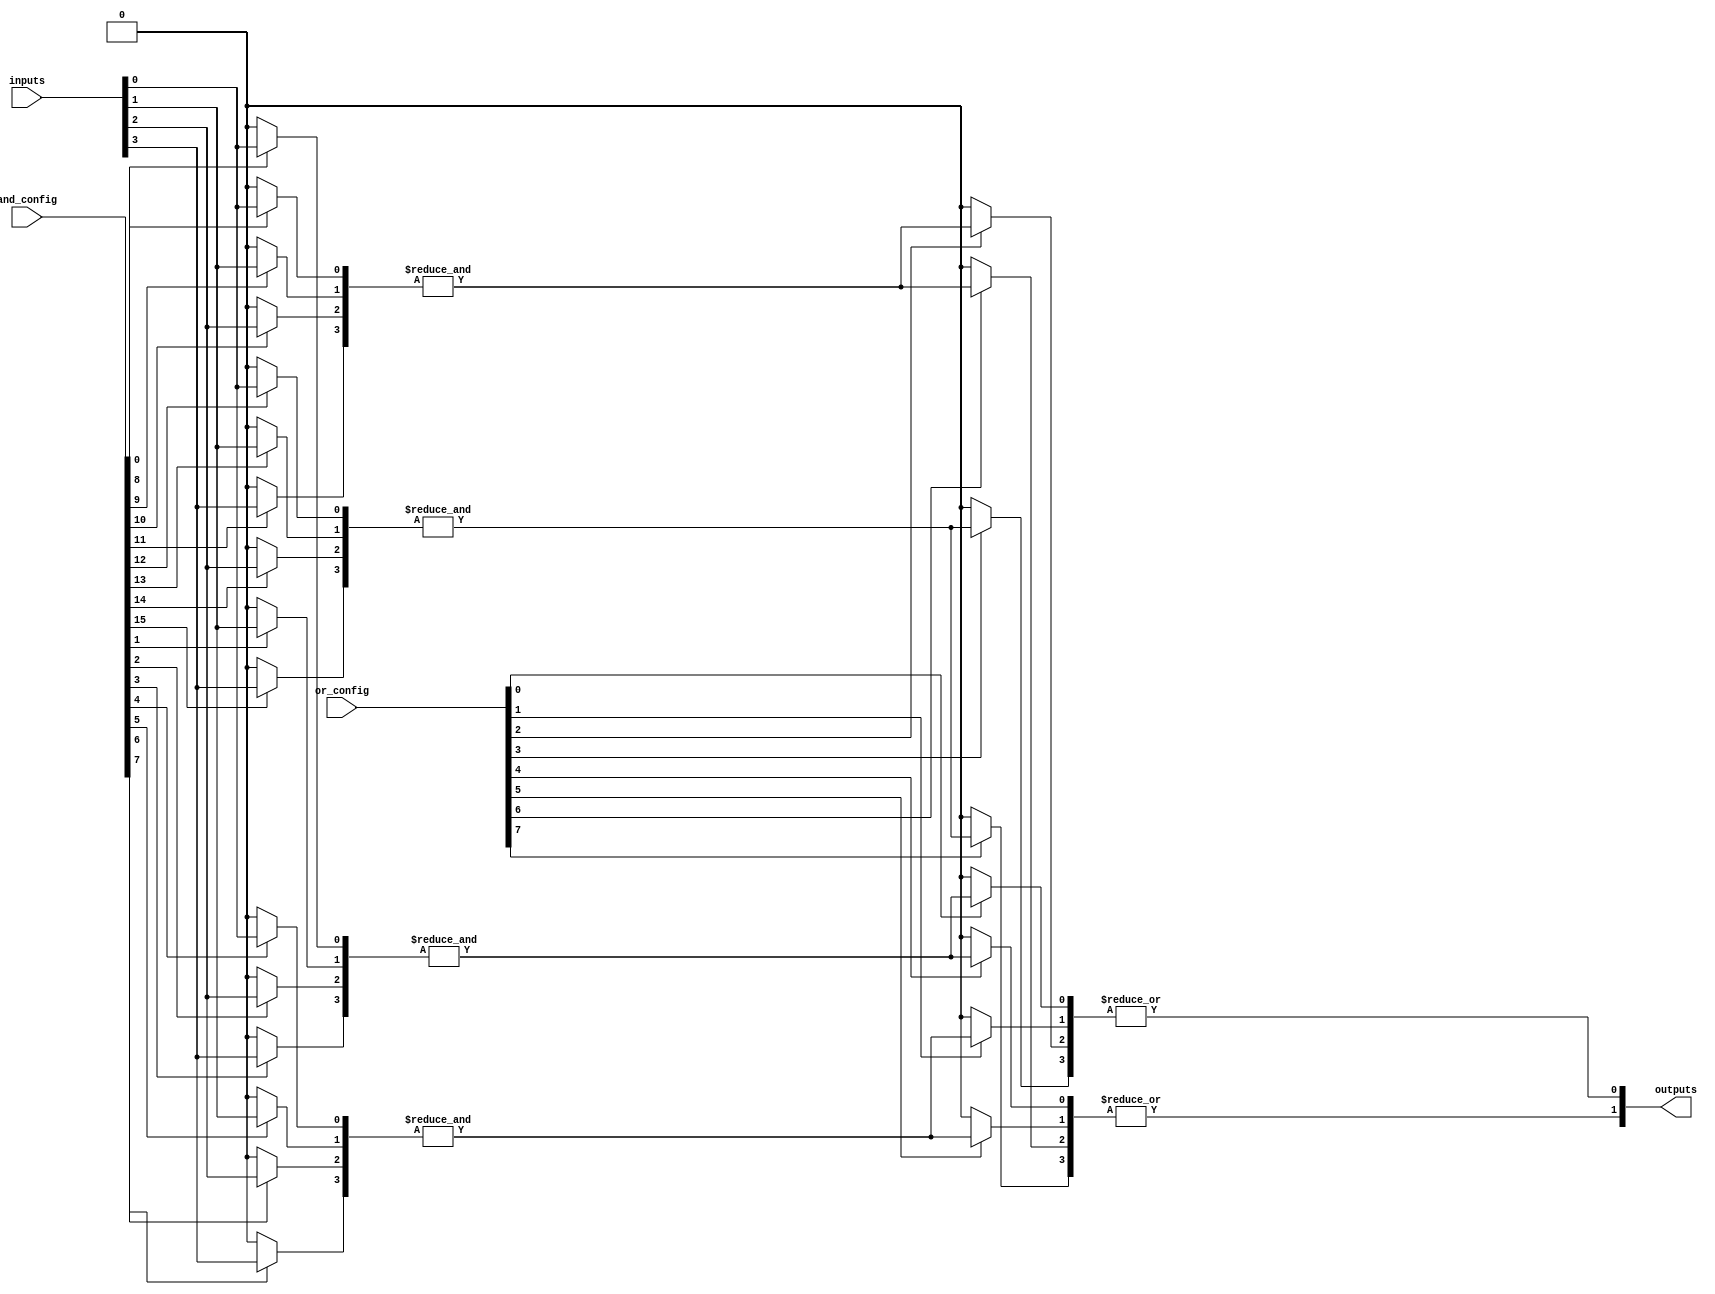
module programmable_PLA #(
    parameter NUM_INPUTS = 4,   // Number of inputs
    parameter NUM_AND_GATES = 4, // Number of AND gates
    parameter NUM_OR_GATES = 2    // Number of OR gates
)(
    input wire [NUM_INPUTS - 1:0] inputs,                     // Input lines
    input wire [NUM_AND_GATES * NUM_INPUTS - 1:0] and_config, // AND array configuration
    input wire [NUM_OR_GATES * NUM_AND_GATES - 1:0] or_config, // OR array configuration
    output wire [NUM_OR_GATES - 1:0] outputs                   // Output lines
);

// Intermediate signals for product terms from the AND array
wire [NUM_AND_GATES - 1:0] product_terms;

// AND array implementation
genvar i, j;
generate
    for (i = 0; i < NUM_AND_GATES; i = i + 1) begin : and_gate
        wire [NUM_INPUTS - 1:0] and_inputs;
        // Connect inputs according to and_config
        for (j = 0; j < NUM_INPUTS; j = j + 1) begin
            assign and_inputs[j] = and_config[i * NUM_INPUTS + j] ? inputs[j] : 1'b0;
        end
        assign product_terms[i] = &and_inputs; // AND operation
    end
endgenerate

// OR array implementation
genvar k;
generate
    for (k = 0; k < NUM_OR_GATES; k = k + 1) begin : or_gate
        wire [NUM_AND_GATES - 1:0] or_inputs;
        // Connect product terms according to or_config
        for (j = 0; j < NUM_AND_GATES; j = j + 1) begin
            assign or_inputs[j] = or_config[k * NUM_AND_GATES + j] ? product_terms[j] : 1'b0;
        end
        assign outputs[k] = |or_inputs; // OR operation
    end
endgenerate

endmodule